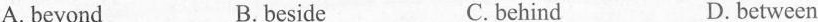
A. beyondB. besideC. behindD. between